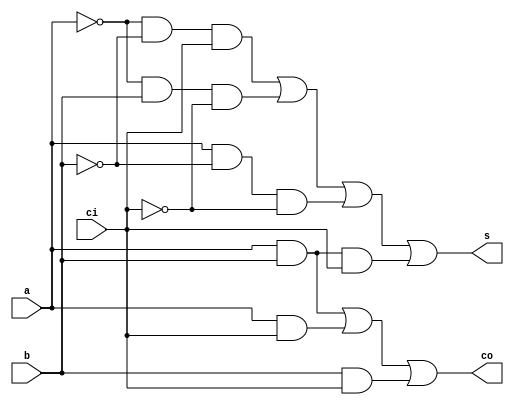
module full_adder(a,b,ci,s,co);
	input a,b,ci;
	output s,co;
	
	assign s=(~a&~b&ci)|(~a&b&~ci)|(a&~b&~ci)|(a&b&ci);
	assign co=(a&b)|(a&ci)|(b&ci);

endmodule